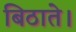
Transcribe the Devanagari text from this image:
बिठाते।